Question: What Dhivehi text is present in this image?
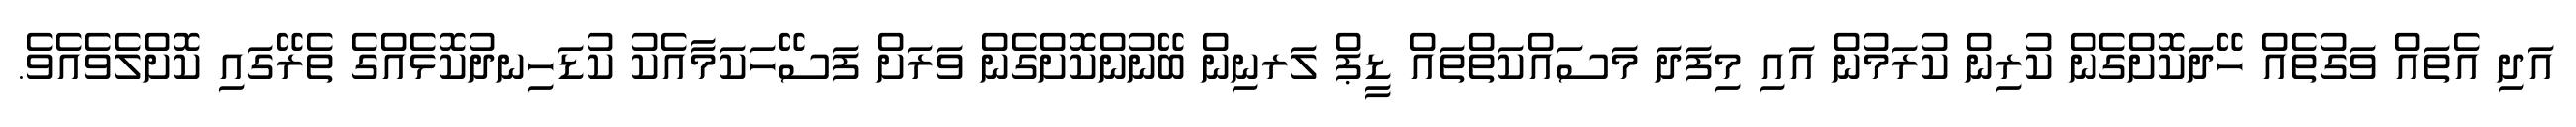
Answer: އަދި އެތައް ވަގުތެއް ހޭދަކޮށްގެން ކުރިން ކުރަމުން އައި މިފަދަ މަސައްކަތްތައް ޑީޕް ލަރނިން ބޭނުންކޮށްގެން ވަރަށް ފަސޭހަކަމާއެކު ކުޑަހިނދުކޮޅެއްގެ ތެރޭގައި ކޮށްލެވެއެވެ.